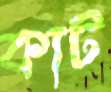
কাট